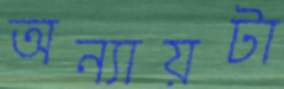
অন্যায়টা